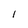
Character: l